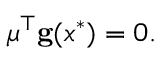
{ \boldsymbol { \mu } } ^ { \top } \mathbf { g } ( x ^ { * } ) = 0 .